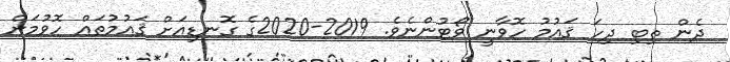
ދެން ތިބި ދިހަ ޤައުމު ހޮވާނީ ވޯޓުންނެވެ. 2019-2020ގެ ގޮނޑިއަށް ޤައުމުތައް ހޮވުމަށް